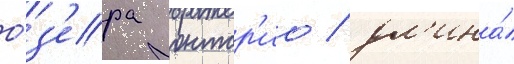
о́з'ера онтар'ио / дл'ина́